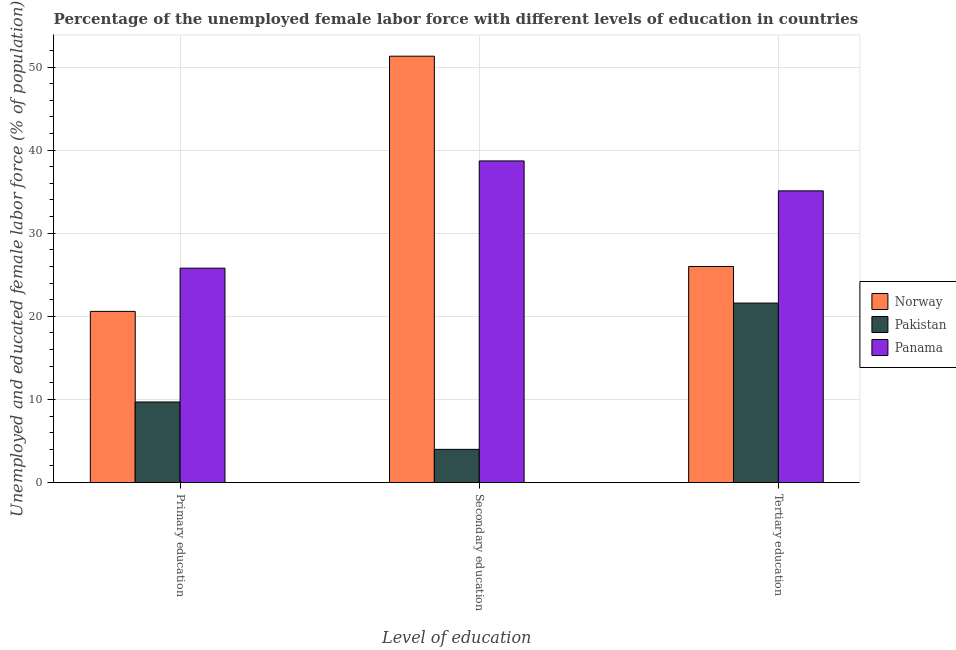
| Level of education | Norway | Pakistan | Panama |
 | --- | --- | --- | --- |
 | Primary education | 20.6 | 9.7 | 25.8 |
 | Secondary education | 51.3 | 4 | 38.7 |
 | Tertiary education | 26 | 21.6 | 35.1 |